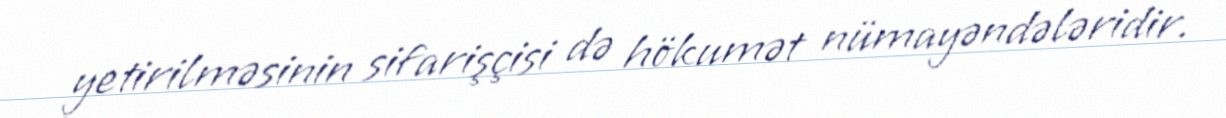
yetirilməsinin sifarişçisi də hökumət nümayəndələridir.